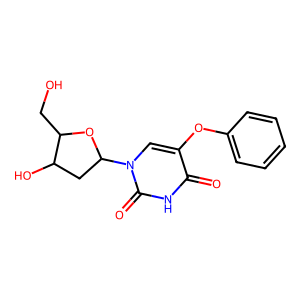
SMILES: O=c1[nH]c(=O)n(C2CC(O)C(CO)O2)cc1Oc1ccccc1
Inhibits HIV replication: No